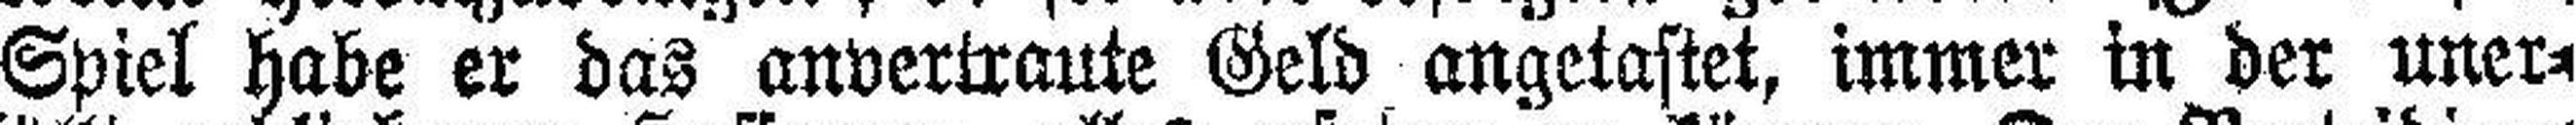
Spiel habe er das anvertraute Geld angetastet, immer in der uner¬